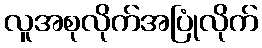
လူအစုလိုက်အပြုံလိုက်